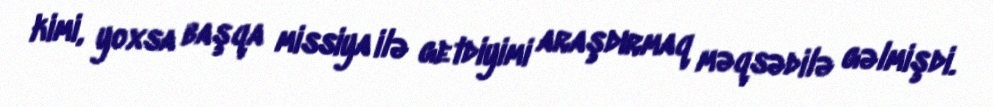
kimi, yoxsa başqa missiya ilə getdiyimi araşdırmaq məqsədilə gəlmişdi.